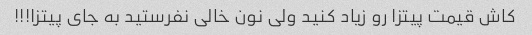
کاش قیمت پیتزا رو زیاد کنید ولی نون خالی نفرستید به جای پیتزا!!!